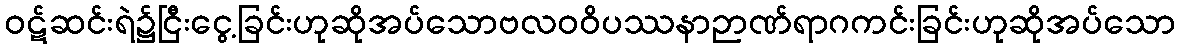
ဝဋ်ဆင်းရဲ၌ငြီးငွေ့ခြင်းဟုဆိုအပ်သောဗလဝဝိပဿနာဉာဏ်ရာဂကင်းခြင်းဟုဆိုအပ်သော